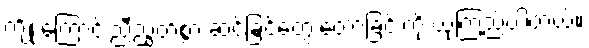
ကျိုးကြောင်းညီညွတ်စွာ ဆင်ခြင်တွေးတောခြင်းကို ယုံကြည်ပါတယ်။